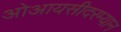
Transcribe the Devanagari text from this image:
ओआयसीदरम्यान